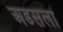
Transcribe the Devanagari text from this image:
अडसला